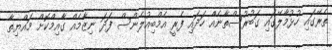
ތެރޭގައި ހުޅުމާލޭގައި ގަބުރުސްތާނެއް ހަދައި ފެރީ އެމްބިއުލެންސް ފަދަ ނިޒާމެއް ގާއިމްކޮށް މައްޔިތާ